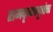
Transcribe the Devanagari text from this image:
रामकृष्णबुवांचा